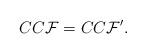
LaTeX: \begin{align*}CC{\cal F}=CC{\cal F}'. \end{align*}